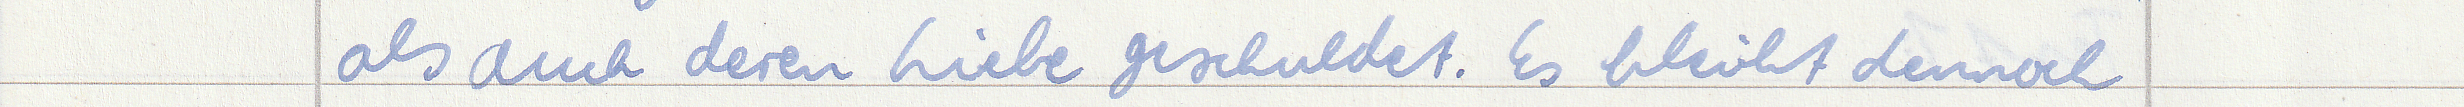
als auch deren Liebe geschuldet. Es bleibt dennoch